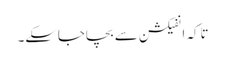
تاکہ انفیکشن سے بچاجاسکے۔